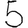
Digit: 5